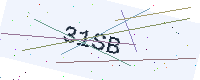
Text: 31SB